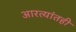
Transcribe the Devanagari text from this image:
आरत्यांतही